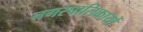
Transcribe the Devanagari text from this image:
नगरपालिकायों